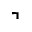
\urcorner